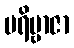
ပရိဗ္ဗာဇာ